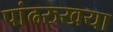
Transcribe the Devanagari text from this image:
पांढरुखया